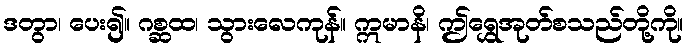
ဒတွာ၊ ပေး၍။ ဂစ္ဆထ၊ သွားလေကုန်။ ဣမာနိ၊ ဤရွှေအုတ်စသည်တို့ကို။